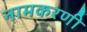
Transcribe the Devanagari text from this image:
नामकरणी